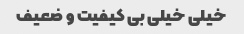
خیلی خیلی بی کیفیت و ضعیف